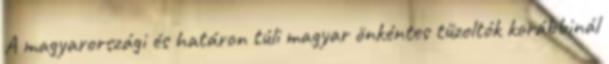
A magyarországi és határon túli magyar önkéntes tűzoltók korábbinál